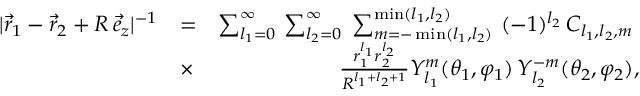
\begin{array} { r l r } { | \vec { r } _ { 1 } - \vec { r } _ { 2 } + R \, \vec { e } _ { z } | ^ { - 1 } } & { = } & { \sum _ { l _ { 1 } = 0 } ^ { \infty } \, \sum _ { l _ { 2 } = 0 } ^ { \infty } \; \sum _ { m = - \operatorname* { m i n } ( l _ { 1 } , l _ { 2 } ) } ^ { \operatorname* { m i n } ( l _ { 1 } , l _ { 2 } ) } \, \, ( - 1 ) ^ { l _ { 2 } } \, C _ { l _ { 1 } , l _ { 2 } , m } \; } \\ & { \times } & { \frac { r _ { 1 } ^ { l _ { 1 } } r _ { 2 } ^ { l _ { 2 } } } { R ^ { l _ { 1 } + l _ { 2 } + 1 } } Y _ { l _ { 1 } } ^ { m } ( \theta _ { 1 } , \varphi _ { 1 } ) \, Y _ { l _ { 2 } } ^ { - m } ( \theta _ { 2 } , \varphi _ { 2 } ) , } \end{array}